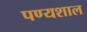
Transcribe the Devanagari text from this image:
पण्यशाल